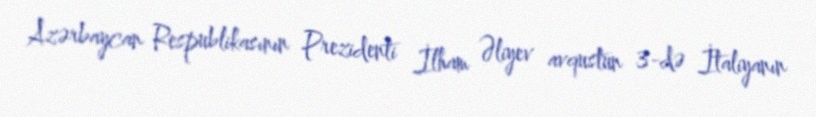
Azərbaycan Respublikasının Prezidenti İlham Əliyev avqustun 3-də İtaliyanın